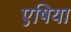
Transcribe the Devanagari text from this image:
एषिया